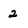
Character: 2